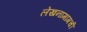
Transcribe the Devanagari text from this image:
लेखनामागची